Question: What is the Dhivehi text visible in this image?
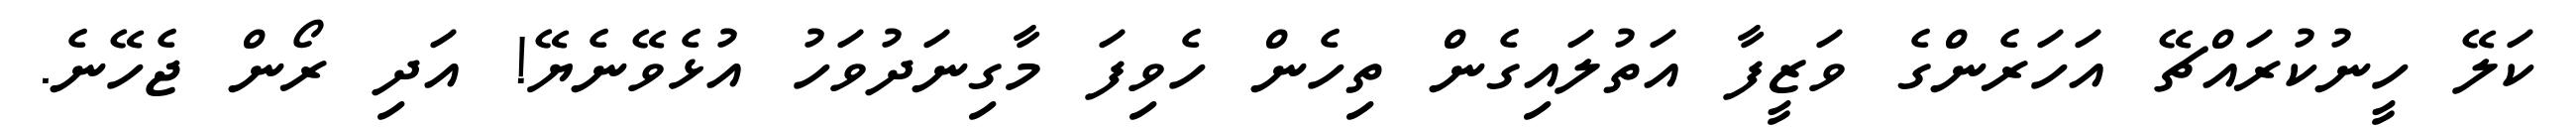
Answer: ކަލޭ ހީނުކުރައްޗޭ އަހަރެންގެ ވަޒީފާ އަތުލައިގެން ތިހެން ހެވިފަ މާގިނަދުވަހު އުޅެވޭނެޔޭ! އަދި ރޯން ޖެހޭނެ.